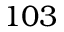
1 0 3